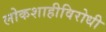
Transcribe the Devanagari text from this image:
लोकशाहीविरोधी